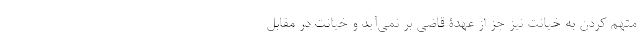
متهم کردن به خیانت نیز جز از عهدۀ قاضی بر نمی‌آید و خیانت در مقابل